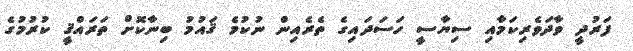
ފަރުދީ ވާދަވެރިކަމާއި ސިޔާސީ ހަސަދައިގެ ތެރެއިން ނުކުމެ ޤައުމު ބިނާކޮށް ތަރައްޤީ ކުރުމުގެ